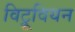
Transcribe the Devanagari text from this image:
विट्रूवियन